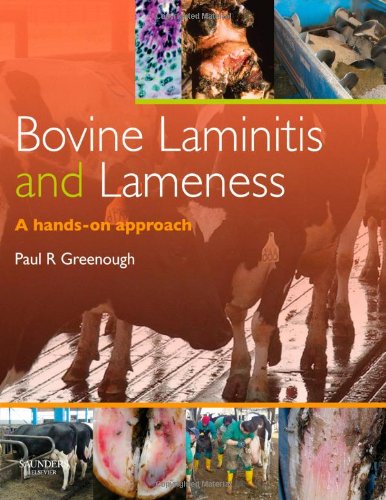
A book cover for Bovine Laminitis and Lameness: A Hands on Approach, 1e; Paul R. Greenough FRCVS; Medical Books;